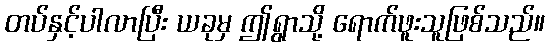
တပ်နှင့်ပါလာပြီး ယခုမှ ဤရွာသို့ ရောက်ဖူးသူဖြစ်သည်။